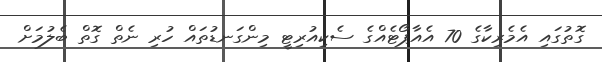
ގޮތުގައި އެމެރިކާގެ 70 އެއާޕޯޓެއްގެ ސެކިއުރިޓީ މިންގަނޑުތައް ހުރި ނެތް ގޮތް ބެލުމަށް